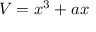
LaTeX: V = x ^ { 3 } + a x